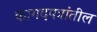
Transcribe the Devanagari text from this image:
कागदपत्रांतील